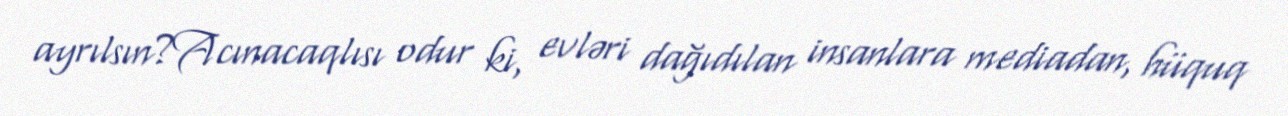
ayrılsın?Acınacaqlısı odur ki, evləri dağıdılan insanlara mediadan, hüquq